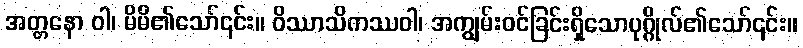
အတ္တနော ဝါ၊ မိမိ၏သော်၎င်း။ ဝိဿာသိကဿဝါ၊ အကျွမ်းဝင်ခြင်းရှိသောပုဂ္ဂိုလ်၏သော်၎င်း။